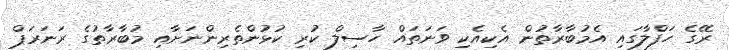
ރޭގެ ހަފްލާގައި އެމުބާރާތުން އެކިއެކި ވަނަތައް ހާސިލް ކުރި ކުޅުންތެރިންނަށާއި މުބާރާތުގެ ރަނަރަޕް